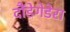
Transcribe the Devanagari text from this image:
दौंडेगेडेरा